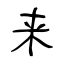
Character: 来